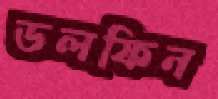
ডলফিন